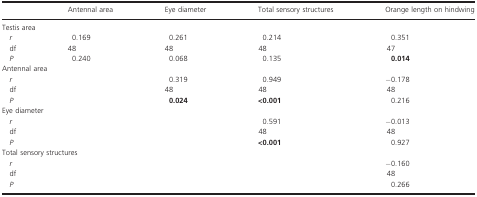
|  | Antennal area | Eye diameter | Total sensory structures | Orange length on hindwing |
 | --- | --- | --- | --- | --- |
 | <COLSPAN=5> Testis area |
 | r | 0.169 | 0.261 | 0.214 | 0.351 |
 | df | 48 | 48 | 48 | 47 |
 | P | 0.240 | 0.068 | 0.135 | 0.014 |
 | <COLSPAN=5> Antennal area |
 | r |  | 0.319 | 0.949 | −0.178 |
 | df |  | 48 | 48 | 48 |
 | P |  | 0.024 | <0.001 | 0.216 |
 | <COLSPAN=5> Eye diameter |
 | r |  |  | 0.591 | −0.013 |
 | df |  |  | 48 | 48 |
 | P |  |  | <0.001 | 0.927 |
 | <COLSPAN=5> Total sensory structures |
 | r |  |  |  | −0.160 |
 | df |  |  |  | 48 |
 | P |  |  |  | 0.266 |